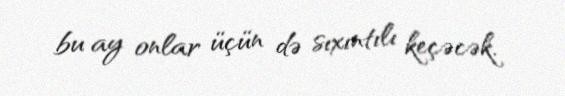
bu ay onlar üçün də sıxıntılı keçəcək.